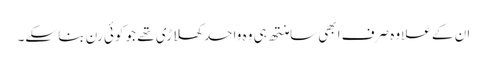
ان کے علاوہ صرف ابھی سامنتھ ہی وہ واحد کھلاڑی تھے جو کوئی رن بنا سکے۔